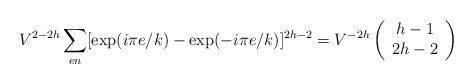
LaTeX: \begin{align*}V^{2-2h}\sum_{en} [\mbox{exp}(i\pi e/k)-\mbox{exp}(-i\pi e/k)]^{2h-2}=V^{-2h}\left(\begin{array}{c}h-1\\2h-2\end{array}\right)\end{align*}